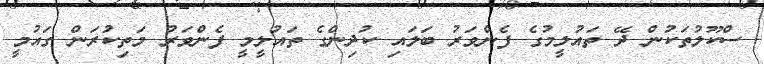
ސްކޫލުތަކުން ދޭ ތައުލީމުގެ ފެންވަރު ބަލައި ކުދިންގެ ތައުލީމީ ފެންވަރު މަތިކުރަން ގައުމީ